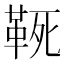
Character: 𩊢